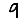
Digit: 9